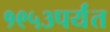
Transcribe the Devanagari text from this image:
१९५३पर्यंत